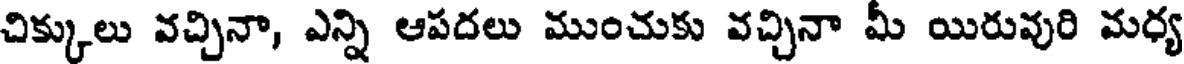
చిక్కులు వచ్చినా, ఎన్ని ఆపదలు ముంచుకు వచ్చినా మీ యిరువురి మధ్య